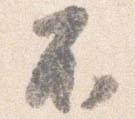
不